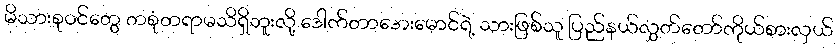
မိသားစုဝင်တွေ တစုံတရာမသိရှိဘူးလို့ ဒေါက်တာအေးမောင်ရဲ့ သားဖြစ်သူ ပြည်နယ်လွှတ်တော်ကိုယ်စားလှယ်